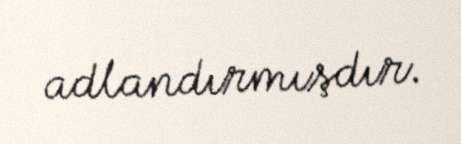
adlandırmışdır.